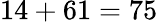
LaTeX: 14+61=75